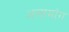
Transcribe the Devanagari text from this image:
अलामांग